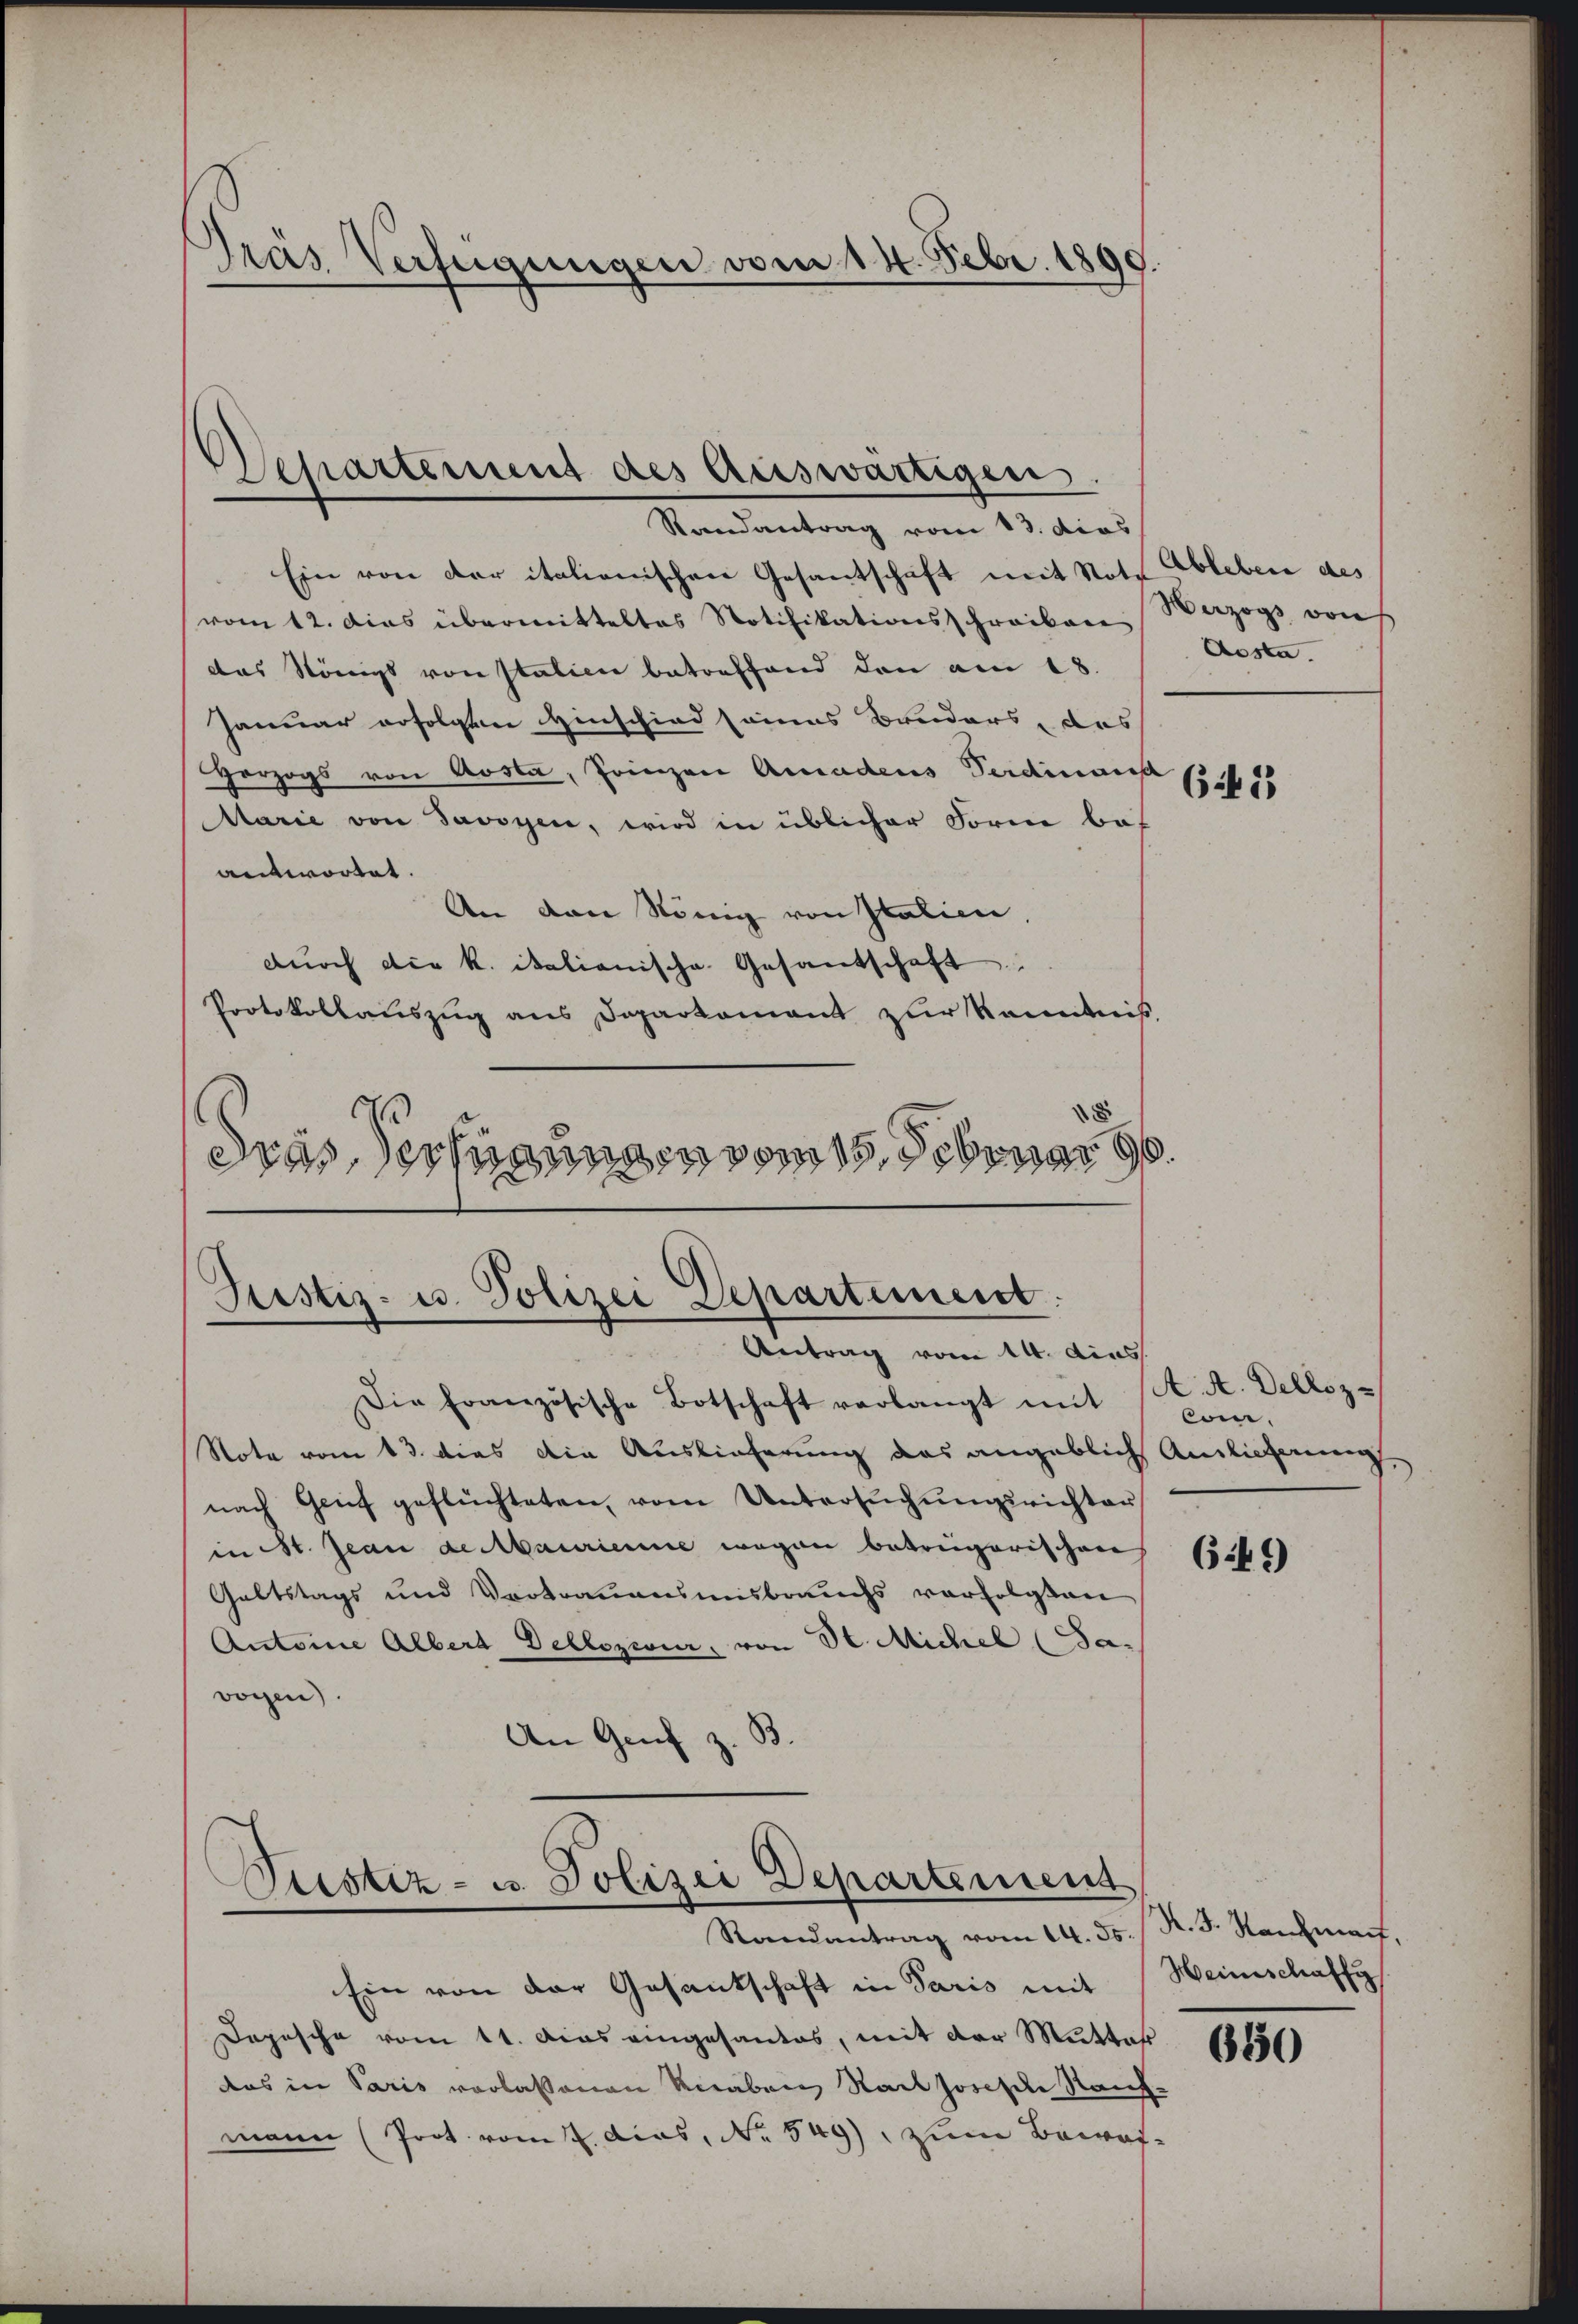
Gras Verfügungen vom 14. Febr. 1890.

Departement des Auswärtigen.
Randantrag vom 13. dies

Ein von der italienischen Gesantschaft mit Note Ableben des
vom 12. das übermitteltes Notifikationsschreiben Werzogs von
das Königs von Italien betreffend den am 18.
Januar erfolgten Hinschied seines Bruders, das
Herzogs von Aosta, Prinzen Amadeus Verdinanst
Marie von Savoyen, wird in üblicher Forme bas
antwortet.
An den König von Italien.
dŭrch die K. italienische Gesandschaft.
Protokollauszug aus Departament zur Kenntnis.
d
dres, Verfügungen vom 15. Februar 190.

Justiz- u. Polizei Departement.
Antrag vom 14. dies

Die Französische Botschaft verlangt mit
Note vom 13. dies die Auslieferung das angeblich Auslicherung
nach Genf geflüchteten, vom Untersuchungsrichter
in St. Jean Reitbaurienne wegen betrügerischen
Galtstags und Vortrauensmisbrauchs verfolgten
Antoine Alber Dellozier, von St. Michel (Sa-
wogen.
An Genf z.

Ptistiz- u. Polizei Departemens
Randantrag vom 14. ds. R. F. Nachman,

Ein von der Gesantschaft in Paris mit
Dopesche vom 11. Das eingesandes, mit der Mutter
das in Paris vorlassenen Knaben Rath Josef Raufmann (Prot. vom 2. dies, No. 549), zum Bewoh¬

Aosta.

62

A. A. Dells z
Con.

6:49)

Heinschaffu

650